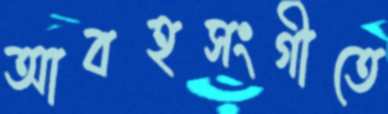
আবহসংগীতে